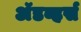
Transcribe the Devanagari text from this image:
अॅडव्हर्स